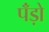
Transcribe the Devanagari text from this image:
पॅंड़ो